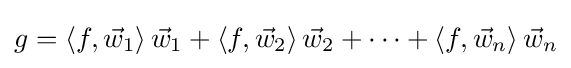
g=\left\langle f,{\vec {w}}_{1}\right\rangle {\vec {w}}_{1}+\left\langle f,{\vec {w}}_{2}\right\rangle {\vec {w}}_{2}+\cdots +\left\langle f,{\vec {w}}_{n}\right\rangle {\vec {w}}_{n}